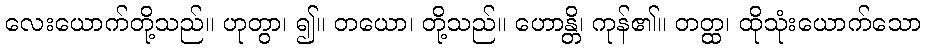
လေးယောက်တို့သည်။ ဟုတွာ၊ ၍။ တယော၊ တို့သည်။ ဟောန္တိ၊ ကုန်၏။ တတ္ထ၊ ထိုသုံးယောက်သော